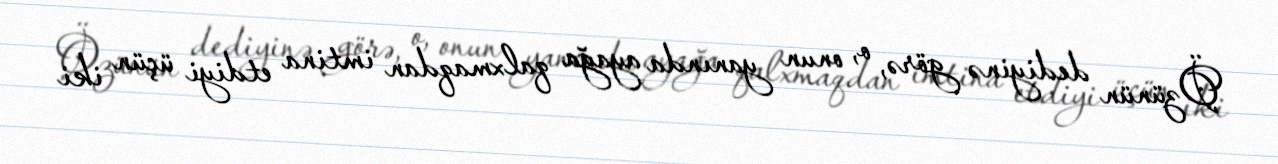
Özünün dediyinə görə, o, onun yanında ayağa qalxmaqdan imtina etdiyi üçün iki